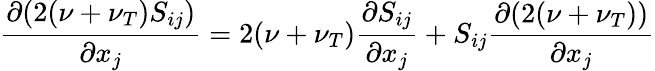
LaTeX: \frac{\partial(2(\nu+\nu_{T})S_{ij})}{\partial x_{j}}=2(\nu+\nu_{T})\frac{\partial S_{ij}}{\partial x_{j}}+S_{ij}\frac{\partial(2(\nu+\nu_{T}))}{\partial x_{j}}